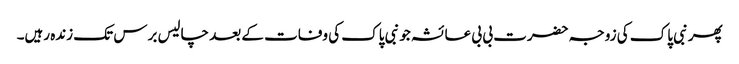
پھر نبی پاک کی زوجہ حضرت بی بی عائشہ جو نبی پاک کی وفات کے بعد چالیس برس تک زندہ رہیں۔